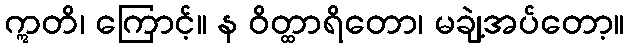
ဣတိ၊ ကြောင့်။ န ဝိတ္ထာရိတော၊ မချဲ့အပ်တော့။